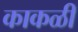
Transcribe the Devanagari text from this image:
काकळी